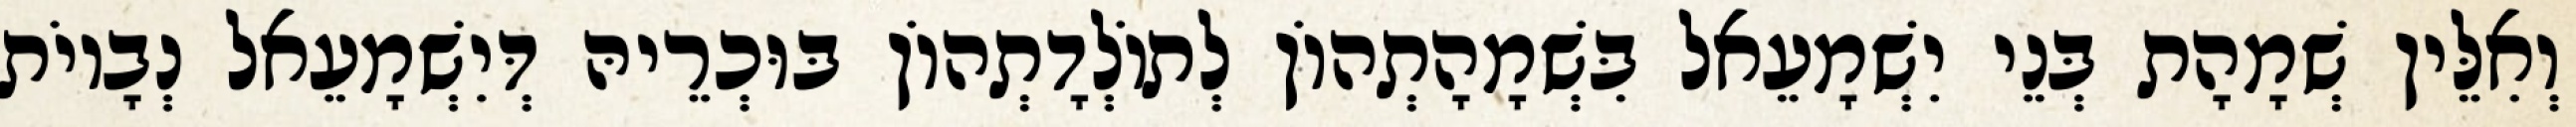
וְאִלֵּין שְׁמָהָת בְּנֵי יִשְׁמָעֵאל בִּשְׁמָהָתְהוֹן לְתוֹלְדָתְהוֹן בּוּכְרֵיהּ דְּיִשְׁמָעֵאל נְבָיוֹת